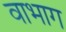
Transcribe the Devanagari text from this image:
वाभाग